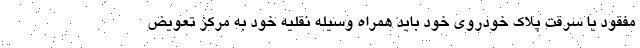
مفقود یا سرقت پلاک خودروی خود باید همراه وسیله نقلیه خود به مرکز تعویض